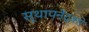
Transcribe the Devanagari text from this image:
स्थापनेद्वारे